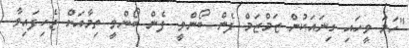
"ހަމަ ވީހައި ގިނައަކުން ޒަމްޒަމް ފެން ބޯންވީ. ފެން ބޯންވީ ތިމާއަށް ޖެހިފައިވާ